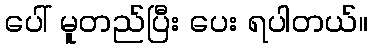
ပေါ် မူတည်ပြီး ပေး ရပါတယ်။